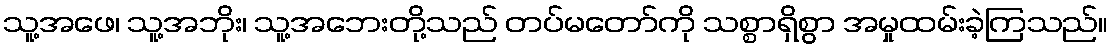
သူ့အဖေ၊ သူ့အဘိုး၊ သူ့အဘေးတို့သည် တပ်မတော်ကို သစ္စာရှိစွာ အမှုထမ်းခဲ့ကြသည်။